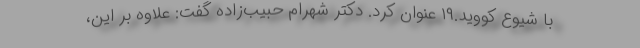
با شیوع کووید.۱۹ عنوان کرد. دکتر شهرام حبیب‌زاده گفت: علاوه بر این،